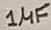
Text: 1µF